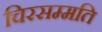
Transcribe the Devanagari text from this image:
चिरसम्मति